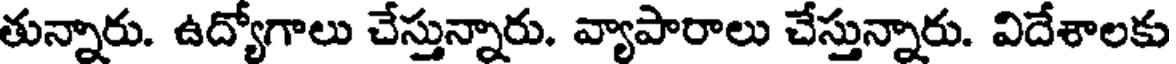
తున్నారు. ఉద్యోగాలు చేస్తున్నారు. వ్యాపారాలు చేస్తున్నారు. విదేశాలకు